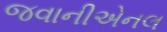
જવાનીએનલ